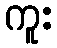
ကူး